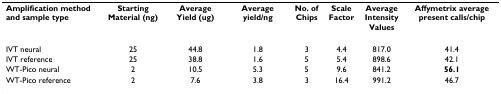
<table><thead><tr><td><b>Amplification method and sample type</b></td><td><b>Starting Material (ng)</b></td><td><b>Average Yield (ug)</b></td><td><b>Average yield/ng</b></td><td><b>No. of Chips</b></td><td><b>Scale Factor</b></td><td><b>Average Intensity Values</b></td><td><b>Affymetrix average present calls/chip</b></td></tr></thead><tbody><tr><td>IVT neural</td><td>25</td><td>44.8</td><td>1.8</td><td>3</td><td>4.4</td><td>817.0</td><td>41.4</td></tr><tr><td>IVT reference</td><td>25</td><td>38.8</td><td>1.6</td><td>5</td><td>5.4</td><td>898.6</td><td>42.1</td></tr><tr><td>WT-Pico neural</td><td>2</td><td>10.5</td><td>5.3</td><td>5</td><td>9.6</td><td>841.2</td><td><b>56.1</b></td></tr><tr><td>WT-Pico reference</td><td>2</td><td>7.6</td><td>3.8</td><td>3</td><td>16.4</td><td>991.2</td><td>46.7</td></tr></tbody></table>